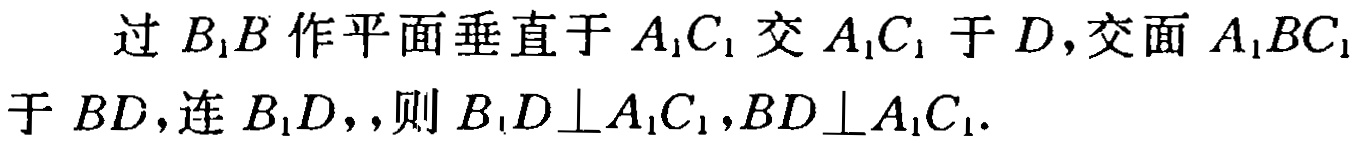
过 \(B_{1}B\) 作平面垂直于 \(A_{1}C_{1}\) 交 \(A_{1}C_{1}\) 于 \(D\)，交面 \(A_{1}BC_{1}\) 于 \(BD\)，连 \(B_{1}D\)，，则 \(B_{1}D\bot A_{1}C_{1}\)，\(BD\bot A_{1}C_{1}\)。